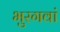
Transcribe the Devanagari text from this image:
भुरगवां